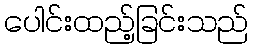
ပေါင်းထည့်ခြင်းသည်